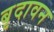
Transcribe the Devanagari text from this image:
बृदावन